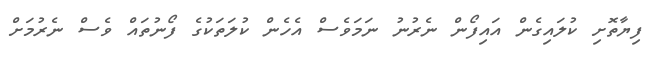
ފިޔާތޮށި ކުލައިގެން އައިފޯން ނެރުނު ނަމަވެސް އެހެން ކުލަތަކުގެ ފޯނުތައް ވެސް ނެރުމަށް